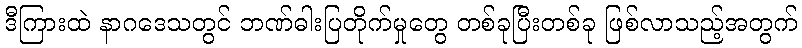
ဒီကြားထဲ နာဂဒေသတွင် ဘဏ်ဓါးပြတိုက်မှုတွေ တစ်ခုပြီးတစ်ခု ဖြစ်လာသည့်အတွက်